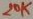
Text: 20K